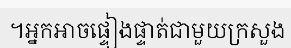
។អ្នកអាចផ្ទៀងផ្ទាត់ជាមួយក្រសួង